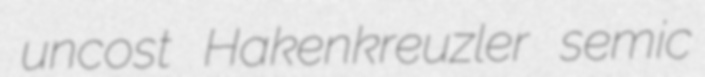
uncost Hakenkreuzler semic